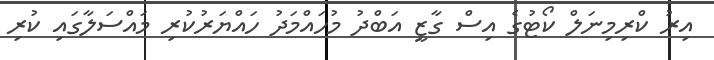
އިރު ކްރިމިނަލް ކޯޓުގެ އިސް ގާޒީ އަބްދު މުހައްމަދު ހައްޔަރުކުރި މައްސަލާގައި ކުރި